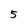
Character: 5